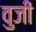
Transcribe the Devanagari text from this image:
वुजी